Sanitation, dispensaries and jails vaccination Rajputana 1922-1927 - 1922-1927
Year: 1922
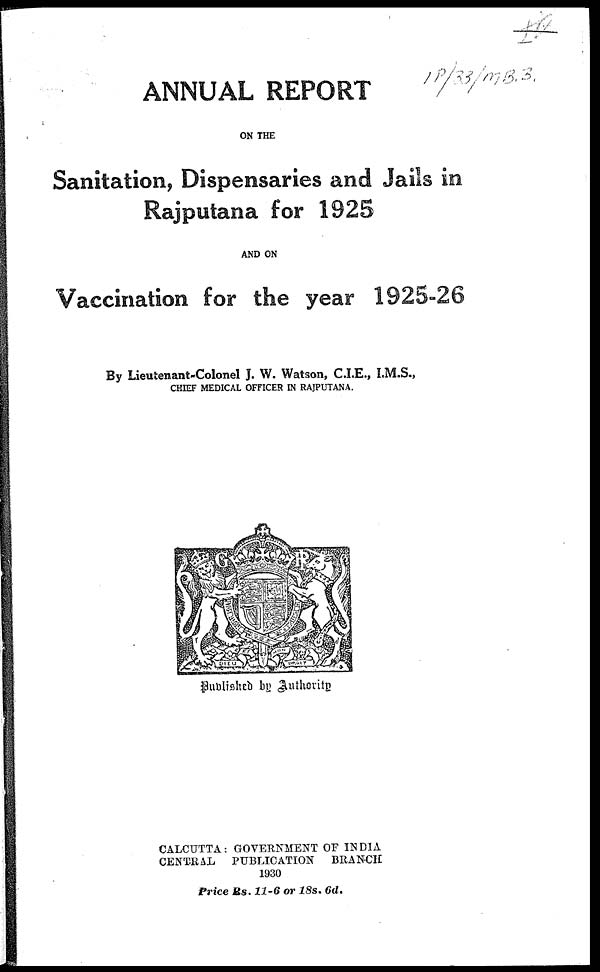
ANNUAL REPORT
ON THE
Sanitation, Dispensaries and Jails in
Rajputana for 1925
AND ON
Vaccination for the year 1925-26
By Lieutenant-Colonel J. W. Watson, C.I.E., I.M.S.,
CHIEF MEDICAL OFFICER IN RAJPUTANA.
Published by Authority
CALCUTTA: GOVERNMENT OF INDIA
CENTRAL PUBLICATION BRANCH
1930
Price Rs. 11-6 or 18s. 6d.